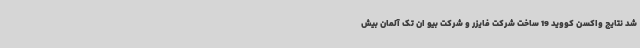
شد نتایج واکسن کووید 19 ساخت شرکت فایزر و شرکت بیو ان تک آلمان بیش